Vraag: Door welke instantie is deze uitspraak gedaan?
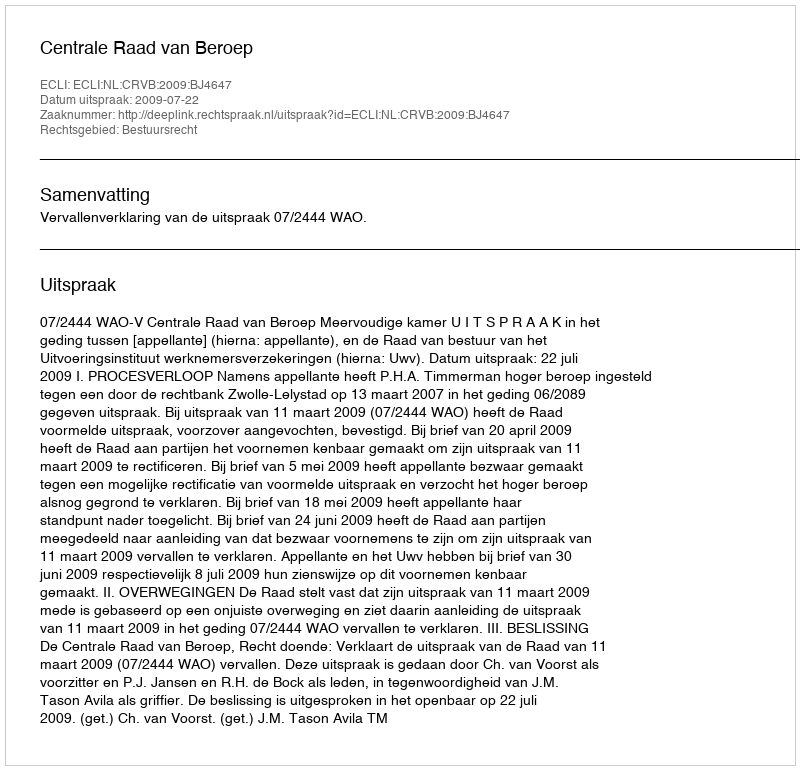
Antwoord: Centrale Raad van Beroep